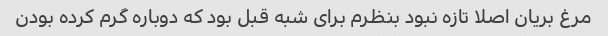
مرغ بریان اصلا تازه نبود بنظرم برای شبه قبل بود که دوباره گرم کرده بودن